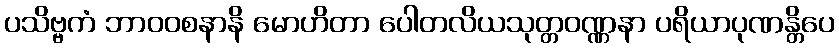
ပသိဗ္ဗကံ ဘာဝဝစနာနိ မောဟိတာ ပေါတလိယသုတ္တဝဏ္ဏနာ ပရိယာပုဏန္တိပေ